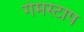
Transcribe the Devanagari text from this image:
गेमस्टाप